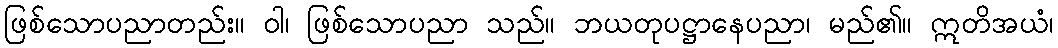
ဖြစ်သောပညာတည်း။ ဝါ၊ ဖြစ်သောပညာ သည်။ ဘယတုပဋ္ဌာနေပညာ၊ မည်၏။ ဣတိအယံ၊